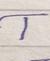
Signature authenticity: forged